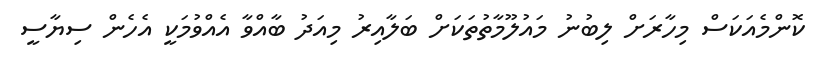
ކޮންމެއަކަސް މިހާރަށް ލިބުނު މައުލޫމާތުތަކަށް ބަލާއިރު މިއަދު ބާއްވާ އެއްވުމަކީ އެހެން ސިޔާސީ